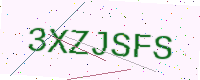
Text: 3XZJSFS